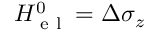
H ^ { 0 } \sb { \textnormal { e l } } = \Delta \sigma _ { z }